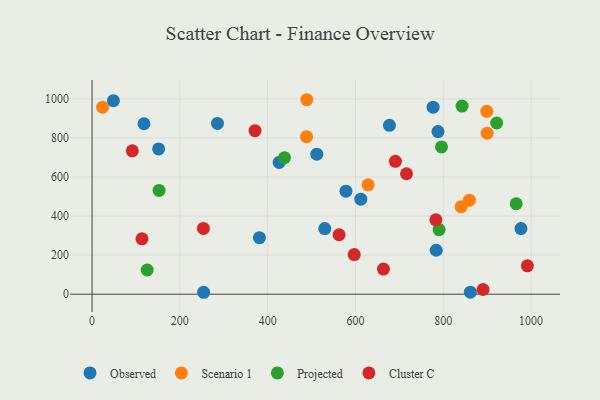
{"axis": {"x": "Engine Size", "y": "Sales"}, "legend": ["Cluster C", "Observed", "Projected", "Scenario 1"], "data": [{"x": "118.3", "y": 872.6, "type": "Observed"}, {"x": "977.0", "y": 335.8, "type": "Observed"}, {"x": "677.4", "y": 864.2, "type": "Observed"}, {"x": "578.3", "y": 527.3, "type": "Observed"}, {"x": "426.2", "y": 674.6, "type": "Observed"}, {"x": "776.9", "y": 957.5, "type": "Observed"}, {"x": "48.6", "y": 990.5, "type": "Observed"}, {"x": "151.7", "y": 743.8, "type": "Observed"}, {"x": "530.2", "y": 335.8, "type": "Observed"}, {"x": "783.9", "y": 224.9, "type": "Observed"}, {"x": "512.0", "y": 716.6, "type": "Observed"}, {"x": "285.7", "y": 874.4, "type": "Observed"}, {"x": "861.7", "y": 10.1, "type": "Observed"}, {"x": "788.0", "y": 832.6, "type": "Observed"}, {"x": "381.3", "y": 289.3, "type": "Observed"}, {"x": "612.2", "y": 486.6, "type": "Observed"}, {"x": "254.2", "y": 9.8, "type": "Observed"}, {"x": "859.5", "y": 481.1, "type": "Scenario 1"}, {"x": "488.5", "y": 806.5, "type": "Scenario 1"}, {"x": "899.2", "y": 936.2, "type": "Scenario 1"}, {"x": "628.8", "y": 559.8, "type": "Scenario 1"}, {"x": "24.1", "y": 957.2, "type": "Scenario 1"}, {"x": "489.1", "y": 995.5, "type": "Scenario 1"}, {"x": "840.7", "y": 447.9, "type": "Scenario 1"}, {"x": "899.9", "y": 824.1, "type": "Scenario 1"}, {"x": "790.5", "y": 331.0, "type": "Projected"}, {"x": "152.7", "y": 531.2, "type": "Projected"}, {"x": "921.7", "y": 876.3, "type": "Projected"}, {"x": "966.1", "y": 463.1, "type": "Projected"}, {"x": "796.0", "y": 753.8, "type": "Projected"}, {"x": "125.6", "y": 123.9, "type": "Projected"}, {"x": "842.8", "y": 963.0, "type": "Projected"}, {"x": "438.3", "y": 698.6, "type": "Projected"}, {"x": "691.0", "y": 680.4, "type": "Cluster C"}, {"x": "371.2", "y": 837.1, "type": "Cluster C"}, {"x": "663.7", "y": 128.6, "type": "Cluster C"}, {"x": "113.7", "y": 283.2, "type": "Cluster C"}, {"x": "716.3", "y": 616.6, "type": "Cluster C"}, {"x": "562.7", "y": 304.3, "type": "Cluster C"}, {"x": "91.7", "y": 733.8, "type": "Cluster C"}, {"x": "991.6", "y": 145.0, "type": "Cluster C"}, {"x": "783.2", "y": 380.5, "type": "Cluster C"}, {"x": "597.2", "y": 203.0, "type": "Cluster C"}, {"x": "253.6", "y": 336.5, "type": "Cluster C"}, {"x": "890.7", "y": 23.9, "type": "Cluster C"}]}